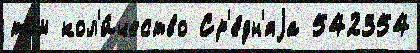
том кол'и́чество Ср'е́дн'яjа 542354